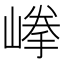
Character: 𡺹